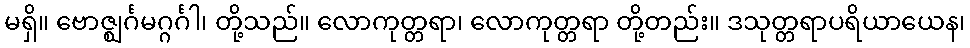
မရှိ။ ဗောဇ္ဈင်္ဂမဂ္ဂင်္ဂါ၊ တို့သည်။ လောကုတ္တရာ၊ လောကုတ္တရာ တို့တည်း။ ဒသုတ္တရာပရိယာယေန၊